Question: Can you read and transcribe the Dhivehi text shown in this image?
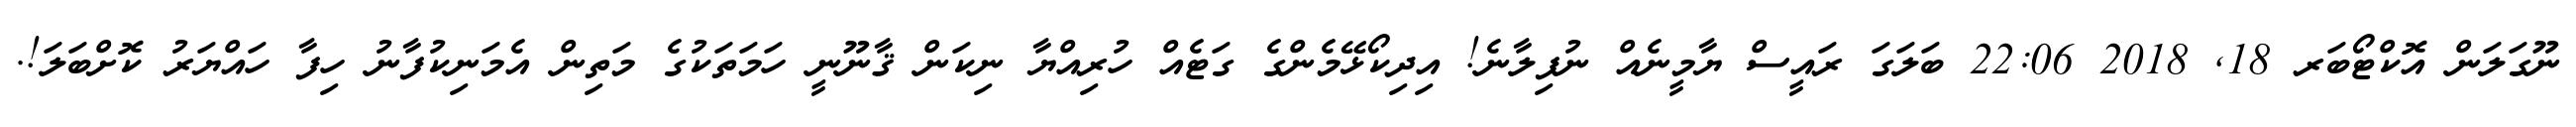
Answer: ނޫގަލަން އޮކްޓޯބަރ 18, 2018 22:06 ބަލަގަ ރައީސް ޔާމީނެއް ނުފިލާނެ! އިދިކޯޅޭމެންގެ ގަޓެއް ހުރިއްޔާ ނިކަން ޤާނޫނީ ހަމަތަކުގެ މަތިން އެމަނިކުފާނު ހިފާ ހައްޔަރު ކޮށްބަލަ!.